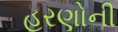
હરણોની